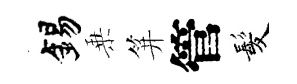
錫乗笄管髪